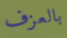
بالعزف